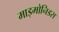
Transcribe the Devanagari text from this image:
माइमोनिडस